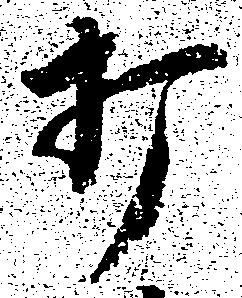
打